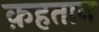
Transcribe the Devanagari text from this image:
क़हतान